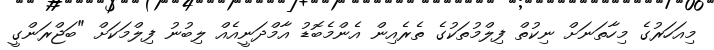
މިއަހަރުގެ މިހާތަނަށް ނިކުތް ފިލްމުތަކުގެ ތެރެއިން އެންމެބޮޑު އާމްދަނީއެއް ލިބުނު ފިލްމަކަށް "ބަޖްރަންގީ